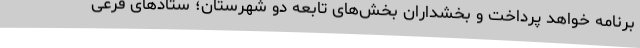
برنامه خواهد پرداخت و بخشداران بخش‌های تابعه دو شهرستان؛ ستادهای فرعی